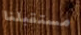
مستقبلنا